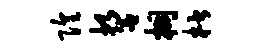
隍誓桐楷